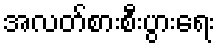
အလတ်စားစီးပွားရေး